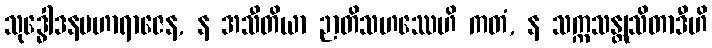
သုဒ္ဓေါဒနမဟာရာဇေန, န အသီတိယာ ဉာတိသဟဿေဟိ ကတံ, န သက္ကသန္တုသိတာဒီဟိ